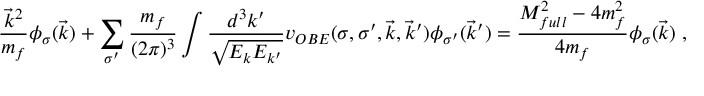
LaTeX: \frac { \vec { k } ^ { 2 } } { m _ { f } } \phi _ { \sigma } ( \vec { k } ) + \sum _ { \sigma ^ { \prime } } \frac { m _ { f } } { ( 2 \pi ) ^ { 3 } } \int \frac { d ^ { 3 } k ^ { \prime } } { \sqrt { E _ { k } E _ { k ^ { \prime } } } } v _ { O B E } ( \sigma , \sigma ^ { \prime } , \vec { k } , \vec { k } ^ { \prime } ) \phi _ { \sigma ^ { \prime } } ( \vec { k } ^ { \prime } ) = \frac { M _ { f u l l } ^ { 2 } - 4 m _ { f } ^ { 2 } } { 4 m _ { f } } \phi _ { \sigma } ( \vec { k } ) \; ,